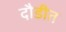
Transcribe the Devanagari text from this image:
दौडीत